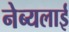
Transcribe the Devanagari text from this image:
नेब्यलाई